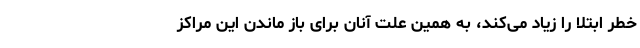
خطر ابتلا را زیاد می‌کند، به همین علت آنان برای باز ماندن این مراکز